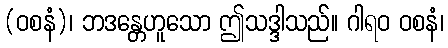
(ဝစနံ)၊ ဘဒန္တေဟူသော ဤသဒ္ဒါသည်။ ဂါရဝ ဝစနံ၊